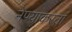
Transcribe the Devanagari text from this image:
नेण्याकरतां